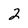
Character: 2